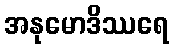
အနုမောဒိဿရေ